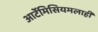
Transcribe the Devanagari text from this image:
आर्टेमिसियमलाही